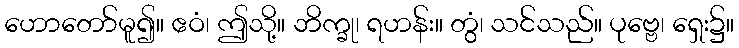
ဟောတော်မူ၍။ ဧဝံ၊ ဤသို့။ ဘိက္ခု၊ ရဟန်း။ တွံ၊ သင်သည်။ ပုဗ္ဗေ၊ ရှေး၌။